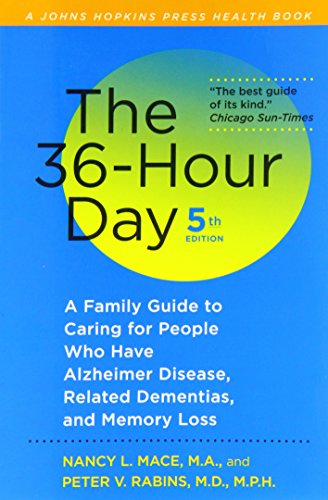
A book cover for The 36-Hour Day, fifth edition: The 36-Hour Day: A Family Guide to Caring for People Who Have Alzheimer Disease, Related Dementias, and Memory Loss (A Johns Hopkins Press Health Book); Nancy L. Mace; Parenting & Relationships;